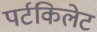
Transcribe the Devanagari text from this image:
पर्टकिलेट